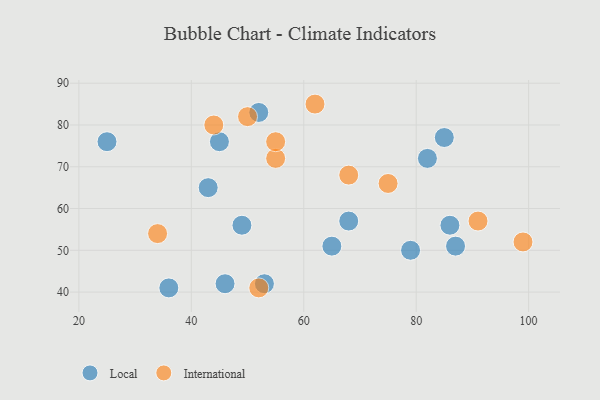
{"axis": {"x": "GDP", "y": "Life Expectancy"}, "legend": ["International", "Local"], "data": [{"x": "43", "y": 65, "type": "Local"}, {"x": "79", "y": 50, "type": "Local"}, {"x": "53", "y": 42, "type": "Local"}, {"x": "87", "y": 51, "type": "Local"}, {"x": "82", "y": 72, "type": "Local"}, {"x": "65", "y": 51, "type": "Local"}, {"x": "46", "y": 42, "type": "Local"}, {"x": "25", "y": 76, "type": "Local"}, {"x": "85", "y": 77, "type": "Local"}, {"x": "86", "y": 56, "type": "Local"}, {"x": "45", "y": 76, "type": "Local"}, {"x": "49", "y": 56, "type": "Local"}, {"x": "52", "y": 83, "type": "Local"}, {"x": "68", "y": 57, "type": "Local"}, {"x": "36", "y": 41, "type": "Local"}, {"x": "55", "y": 72, "type": "International"}, {"x": "34", "y": 54, "type": "International"}, {"x": "68", "y": 68, "type": "International"}, {"x": "75", "y": 66, "type": "International"}, {"x": "91", "y": 57, "type": "International"}, {"x": "99", "y": 52, "type": "International"}, {"x": "44", "y": 80, "type": "International"}, {"x": "62", "y": 85, "type": "International"}, {"x": "52", "y": 41, "type": "International"}, {"x": "55", "y": 76, "type": "International"}, {"x": "50", "y": 82, "type": "International"}]}